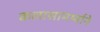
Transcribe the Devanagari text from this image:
कलासामर्थ्याने